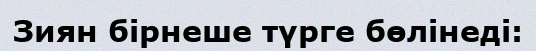
Зиян бірнеше түрге бөлінеді: